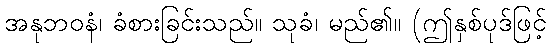
အနုဘဝနံ၊ ခံစားခြင်းသည်။ သုခံ၊ မည်၏။ (ဤနှစ်ပုဒ်ဖြင့်